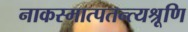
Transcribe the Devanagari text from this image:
नाकस्मात्पतन्त्यश्रूणि